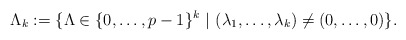
\begin{align*} \Lambda_k := \{ \Lambda \in \{0, \ldots, p-1\}^k ~ | ~ (\lambda_1, \ldots, \lambda_k) \neq (0, \ldots, 0) \}. \end{align*}